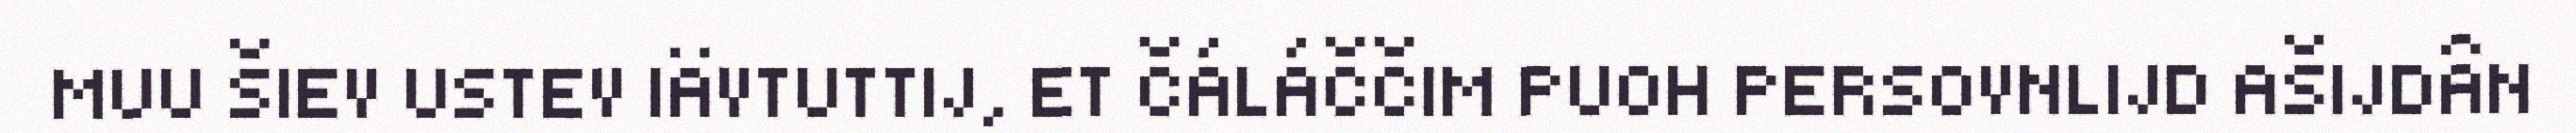
MUU ŠIEV USTEV IÄVTUTTIJ, ET ČÁLÁČČIM PUOH PERSOVNLIJD AŠIJDÂN